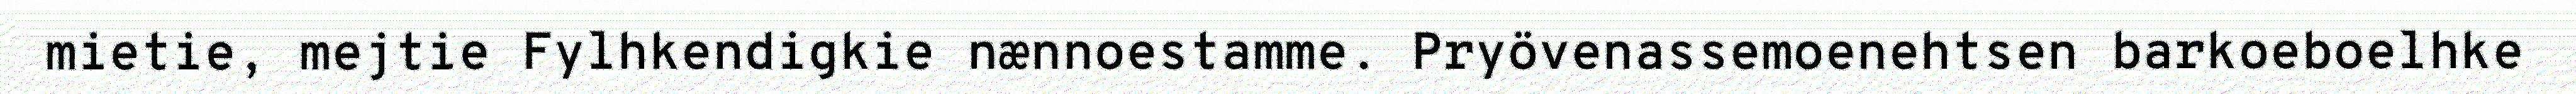
mietie, mejtie Fylhkendigkie nænnoestamme. Pryövenassemoenehtsen barkoeboelhke